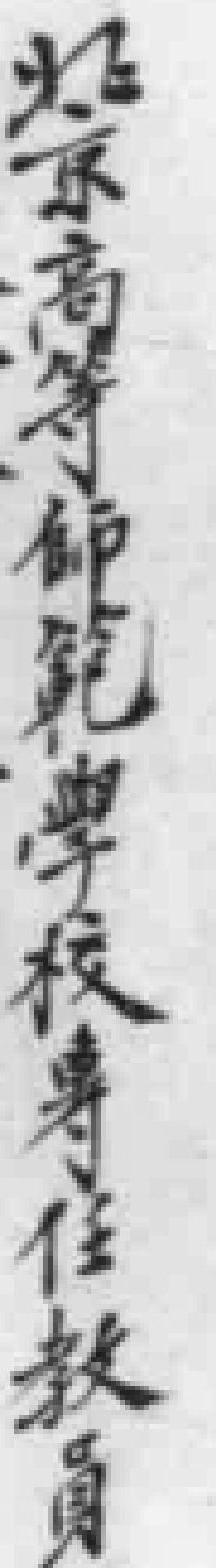
北京高等師範學校專任教員